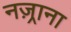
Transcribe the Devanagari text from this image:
नज़्राना